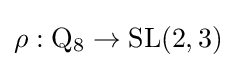
\rho :\mathrm {Q} _{8}\to \operatorname {SL} (2,3)